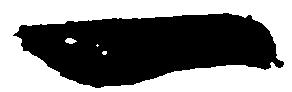
一